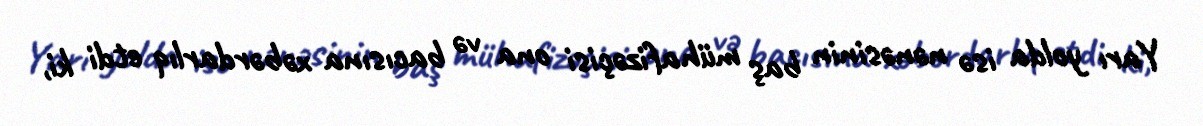
Yarı yolda isə nənəsinin baş mühafizəçisi ona və bacısına xəbərdarlıq etdi ki,